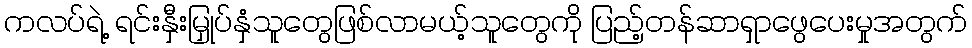
ကလပ်ရဲ့ ရင်းနှီးမြှုပ်နှံသူတွေဖြစ်လာမယ့်သူတွေကို ပြည့်တန်ဆာရှာဖွေပေးမှုအတွက်